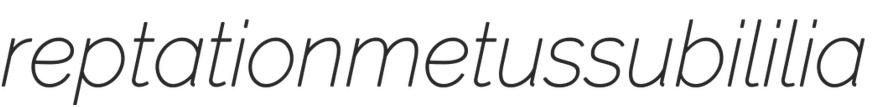
reptation metus subililia